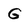
Character: G